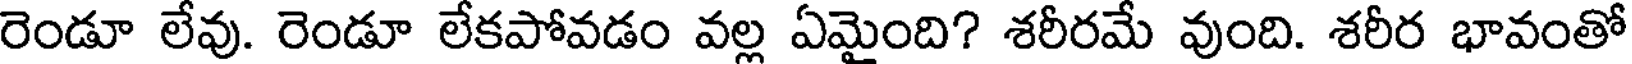
రెండూ లేవు. రెండూ లేకపోవడం వల్ల ఏమైంది? శరీరమే వుంది. శరీర భావంతో